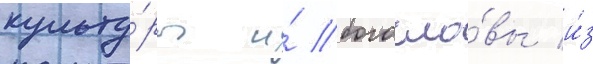
культу́ры и́ богосло́вы и́з